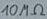
Text: 10MΩ